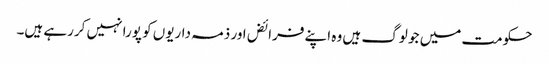
حکومت میں جو لوگ ہیں وہ اپنے فرائض اور ذمہ داریوں کو پورا نہیں کررہے ہیں۔